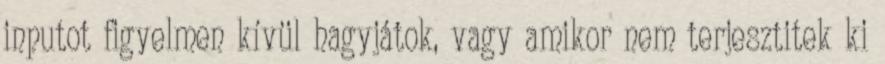
inputot figyelmen kívül hagyjátok, vagy amikor nem terjesztitek ki